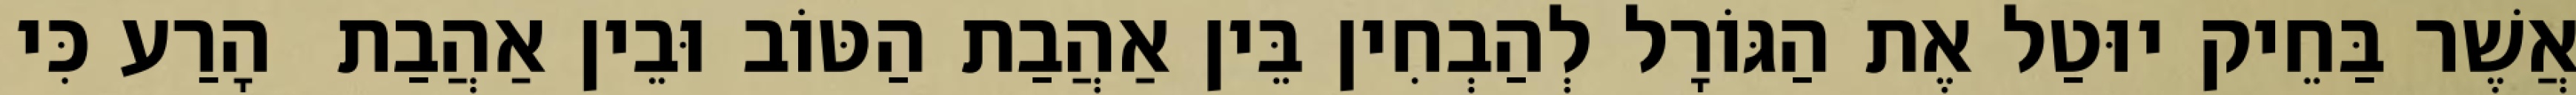
אֲשֶׁר בַּחֵיק יוּטַל אֶת הַגּוֹרָל לְהַבְחִין בֵּין אַהֲבַת הַטּוֹב וּבֵין אַהֲבַת  הָרַע כִּי